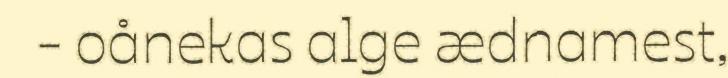
- oånekas alge ædnamest,